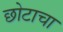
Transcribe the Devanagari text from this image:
छोटाचा